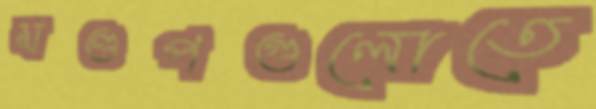
মণ্ডপগুলোতে